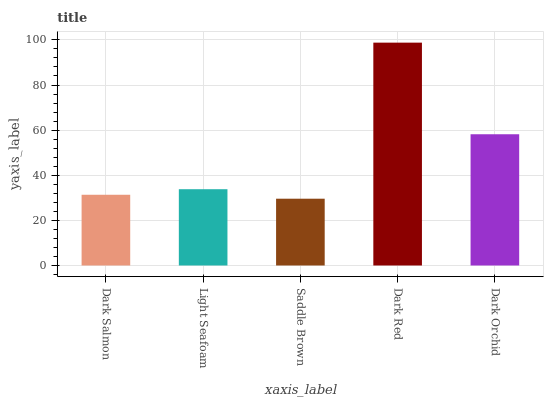
| xaxis_label | bars |
 | --- | --- |
 | Dark Salmon | 31.4 |
 | Light Seafoam | 33.8 |
 | Saddle Brown | 29.6 |
 | Dark Red | 98.8 |
 | Dark Orchid | 58.2 |